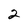
Character: 2